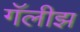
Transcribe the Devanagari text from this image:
गॅलीझ